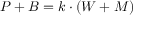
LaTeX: \textstyle P + B = k \cdot ( W + M ) \,